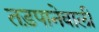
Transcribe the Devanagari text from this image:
तड़पानेवाली